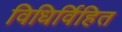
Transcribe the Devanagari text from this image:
विधिर्विहित